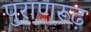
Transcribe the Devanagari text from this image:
पुराणरूढ़